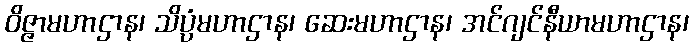
ဝိဇ္ဇာမဟာဌာန၊ သိပ္ပံမဟာဌာန၊ ဆေးမဟာဌာန၊ အင်ဂျင်နီယာမဟာဌာန၊